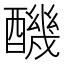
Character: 䤒